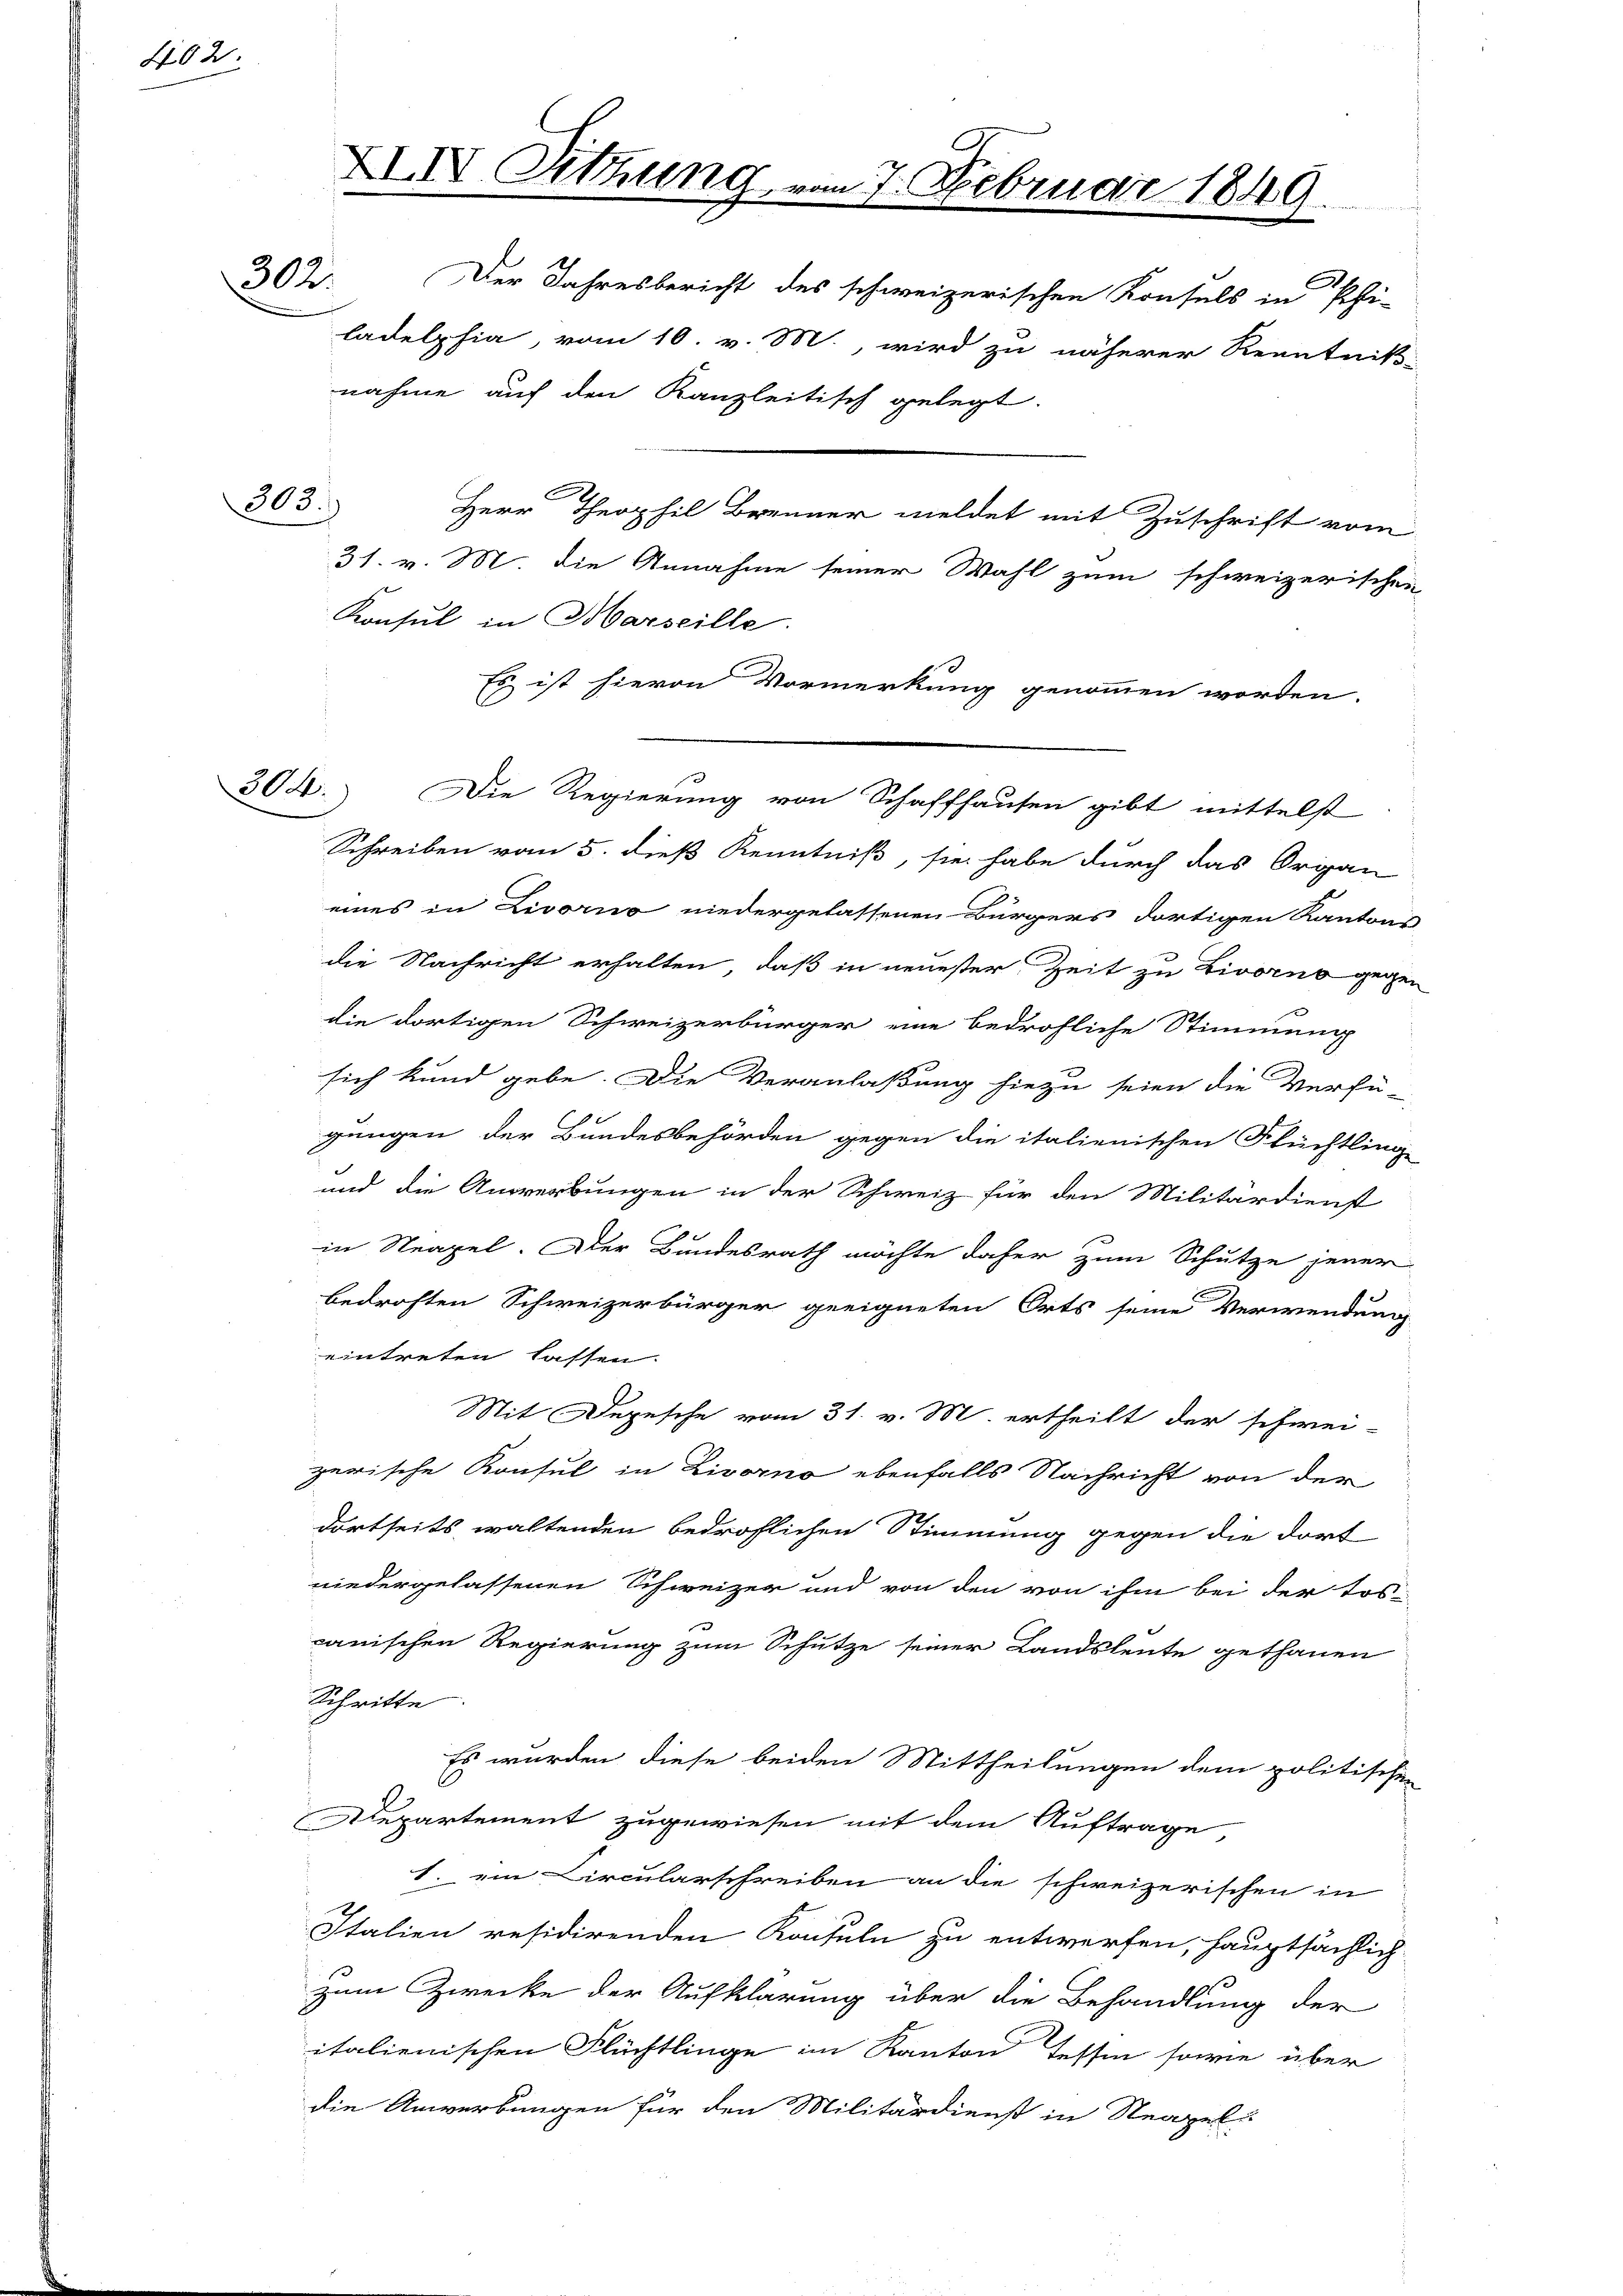
402.

303.

XIIV. Sitzung
302

Der Jahresbericht des schweizerischen Konsuls in Phi-
ladelphia, vom 10. v. M., wird zu näherer Kenntniß-
nahme auf den Kanzleitisch gelegt.
Herr Theophil Brenner meldet mit Zuschrift vom
31. v. M. die Annahme seiner Wahl zum schweizerischen
Konsul in Marseille.
Es ist hievon Vormerkung genommen worden.
304. Die Regierung von Schaffhausen gibt mittelst
Schreiben vom 5. dieß Kenntniß, sie habe durch das Organ
eines in Livorno niedergelassenen Bürgers dortigen Kantons-
die Nachricht erhalten, daß in neuester Zeit zu Livorno gegen
die dortigen Schweizerbürger eine bedrohliche Stimmung
sich kund gebe. Die Veranlaßung hiezu seien die Verfü-
gungen der Bundesbehörden gegen die italienischen Flüchtlinge
und die Anwerbungen in der Schweiz für den Militärdienst
in Neapel. Der Bundesrath möchte daher zum Schutze jener
bedrohten Schweizerbürger geeigneten Orts seine Verwendung
eintreten lassen.
Mit Depesche vom 31. v. M. ertheilt der schwei-
zerische Konsul in Livorno ebenfalls Nachricht von der
dortseits waltenden bedrohlichen Stimmung gegen die dort
niedergelassenen Schweizer und von den von ihm bei der tospanischen Regierung zum Schütze seiner Landsleute gethanen
Schritte
Es wurden diese beiden Mittheilungen dem politischen
Departement zugewiesen mit dem Auftrage,
1. im Circularschreiben an die schweizerischen in
Italien residirenden Konsuln zu entwerfen, hauptsächlich-
Zum Zwecke der Aufklärung über die Behandlung der
italienischen Flüchtlinge im Kanton Tessin sowie über
die Anwerbungen für den Militärdienst in Neapel-

7. Februar 1849.